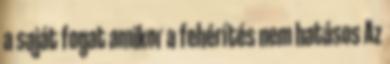
a saját fogat amikor a fehérítés nem hatásos Az